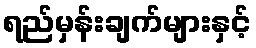
ရည်မှန်းချက်များနှင့်